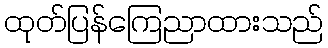
ထုတ်ပြန်ကြေညာထားသည်